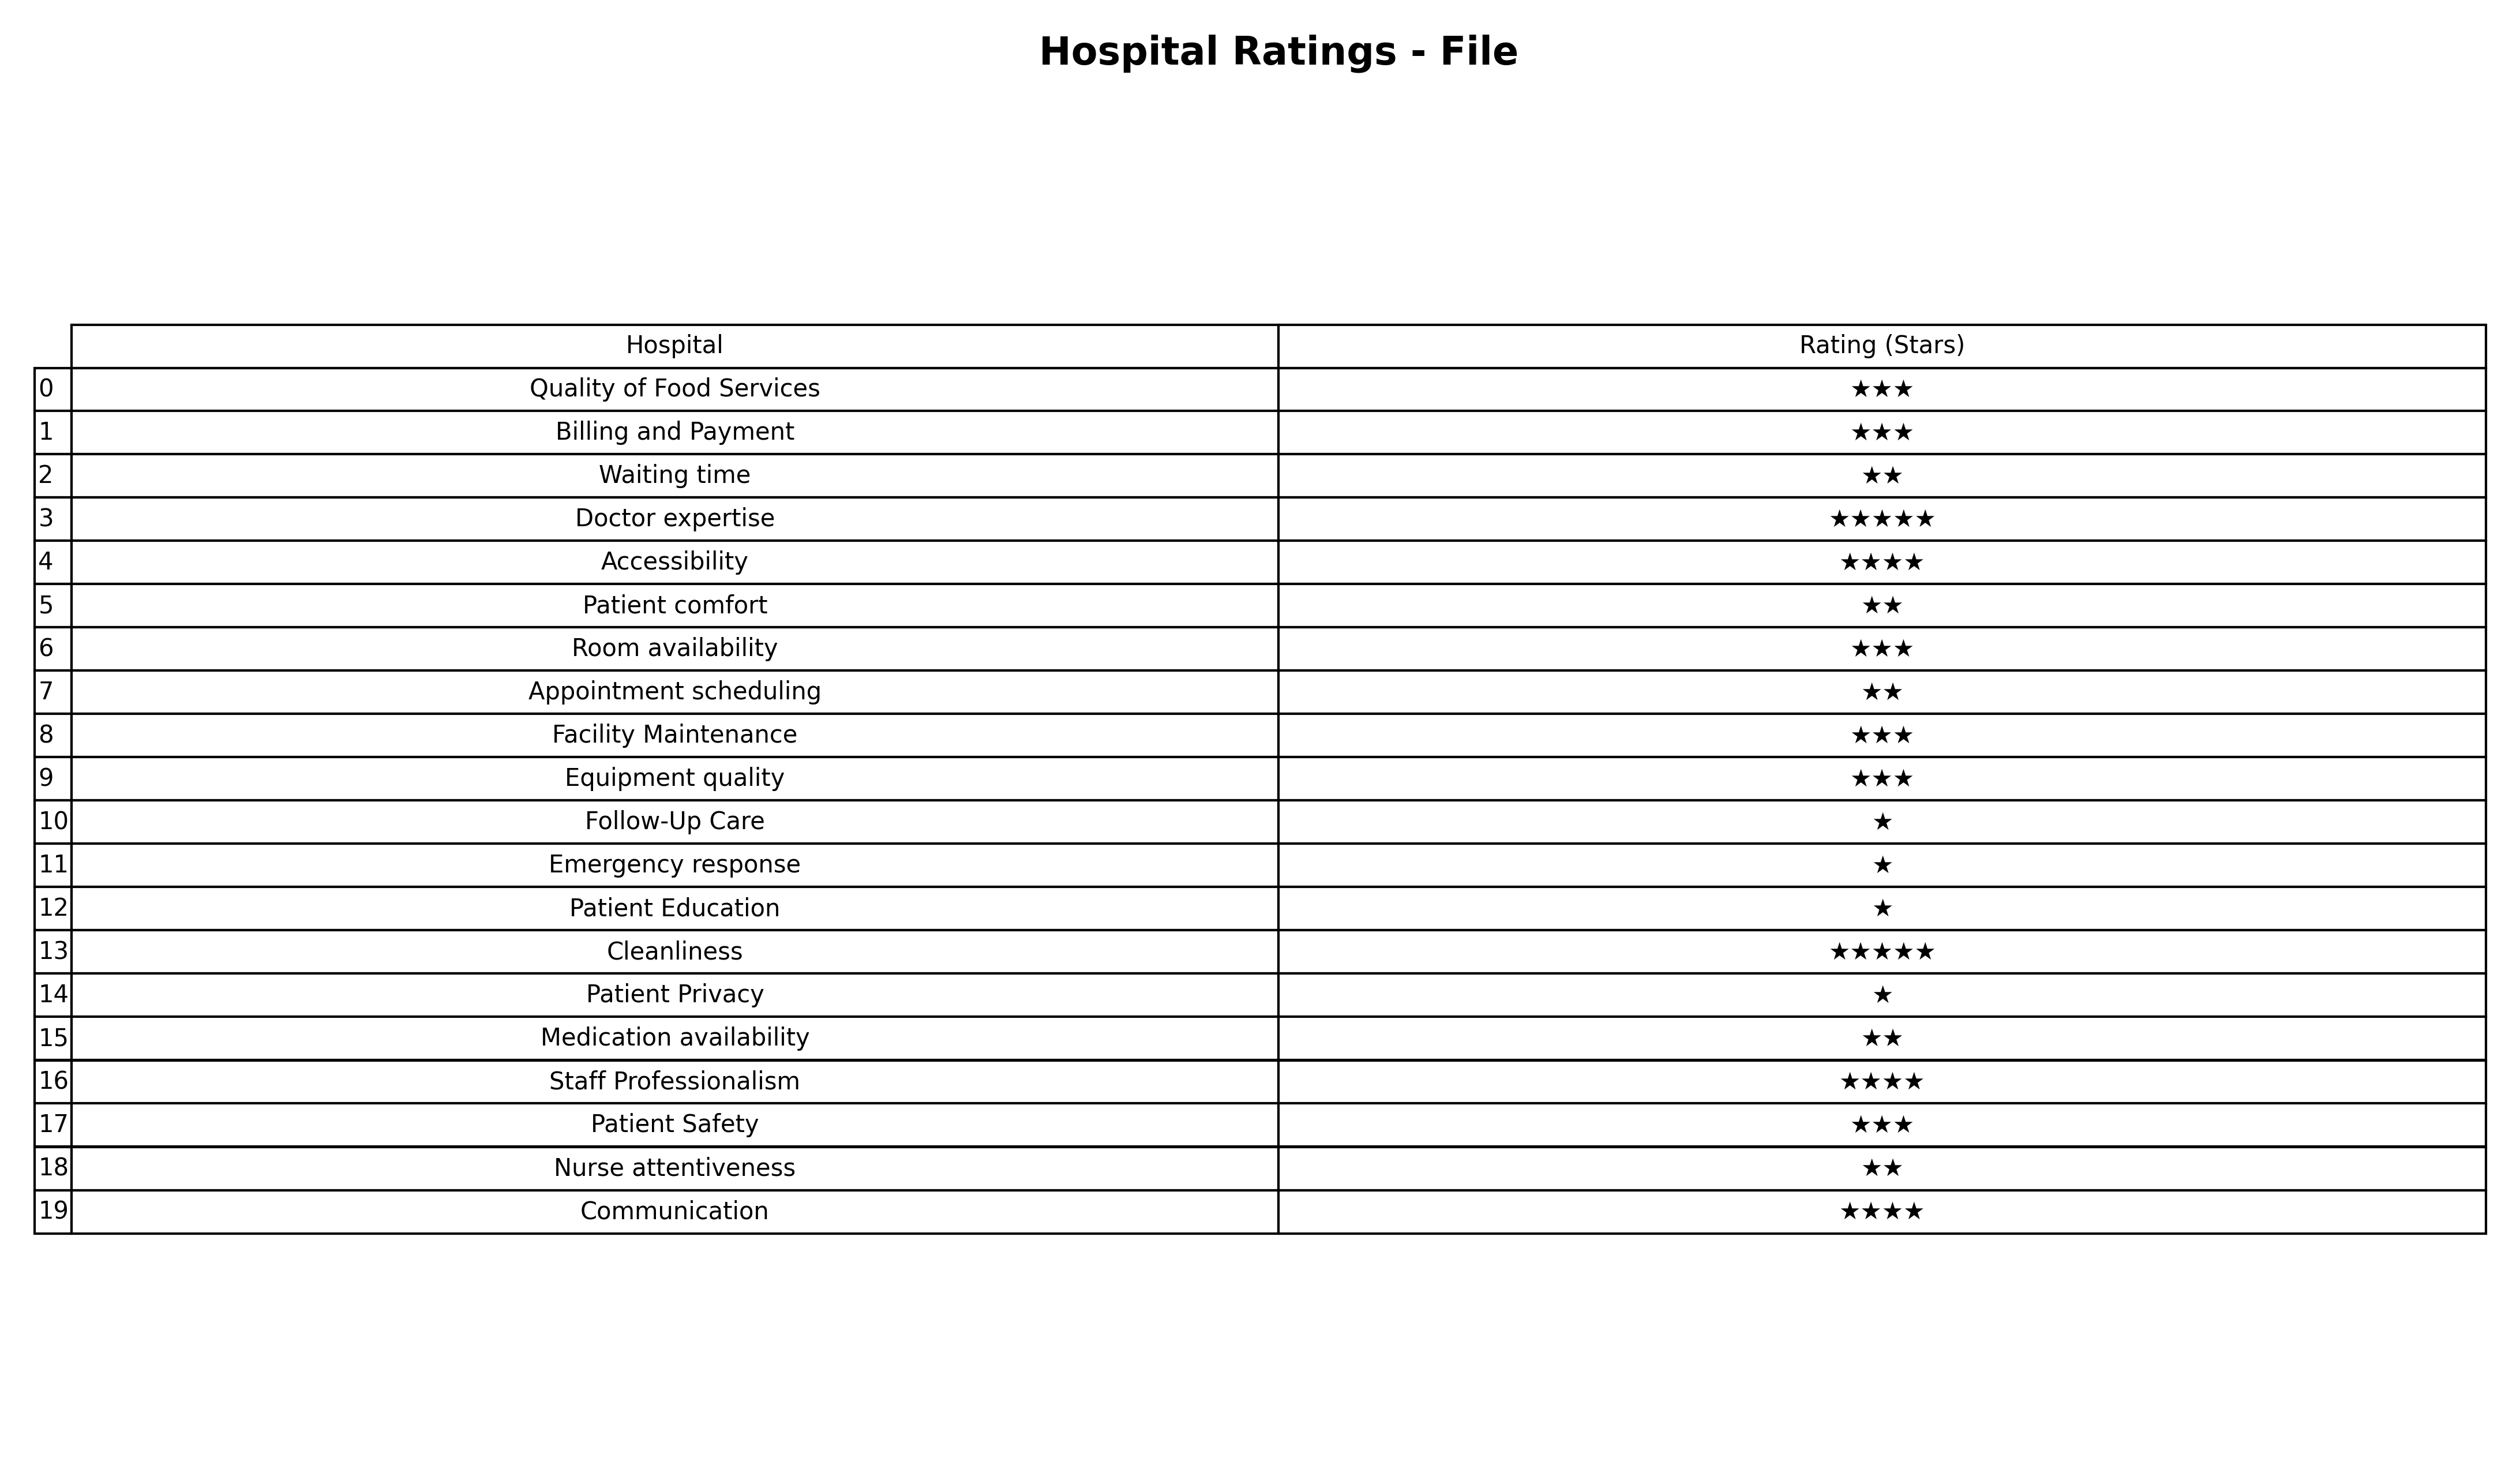
question: What is the rating of Patient comfort?
answer: ★★